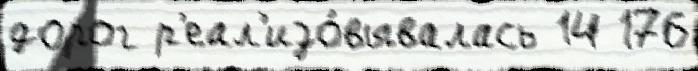
дорог р'еал'изо́вывалась 14 176